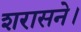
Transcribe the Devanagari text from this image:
शरासने।